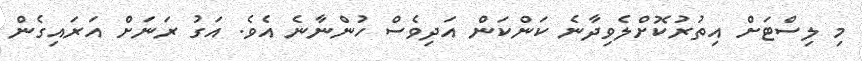
މި ލިސްޓަށް އިތުރުކޮށްލެވިދާނެ ކަންކަން އަދިވެސް ހުންނާނެ އެވެ. އަގު ރަނަށް އަރައިގެން